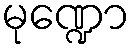
မုဏ္ဍော